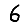
Digit: 6